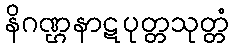
နိဂဏ္ဌနာဋပုတ္တသုတ္တံ